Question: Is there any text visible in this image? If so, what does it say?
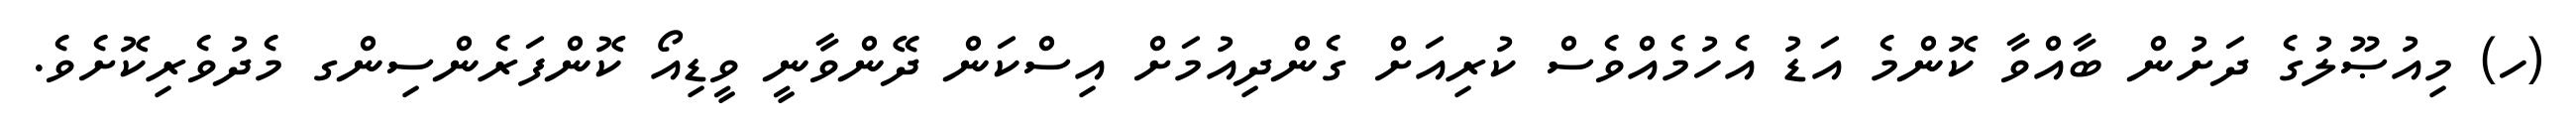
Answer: (ހ) މިއުޞޫލުގެ ދަށުން ބާއްވާ ކޮންމެ އަޑު އެހުމެއްވެސް ކުރިއަށް ގެންދިއުމަށް އިސްކަން ދޭންވާނީ ވީޑިއޯ ކޮންފަރެންސިންގ މެދުވެރިކޮށެވެ.